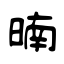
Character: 暔